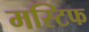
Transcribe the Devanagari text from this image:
मस्टिफ